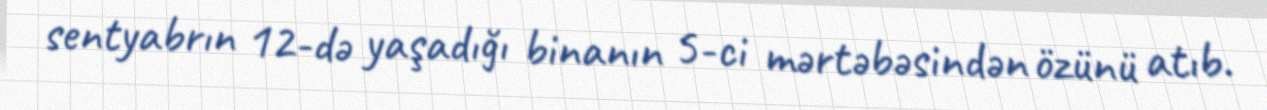
sentyabrın 12-də yaşadığı binanın 5-ci mərtəbəsindən özünü atıb.